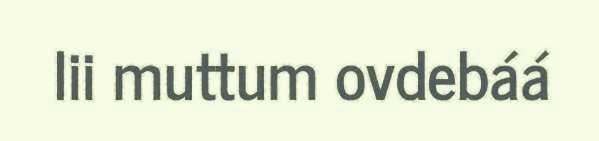
lii muttum ovdebáá